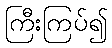
ကြီးကြပ်၍